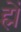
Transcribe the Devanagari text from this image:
ह्में